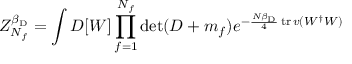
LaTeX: Z _ { N _ { f } } ^ { \beta _ { \mathrm { D } } } = \int D [ W ] \prod _ { f = 1 } ^ { N _ { f } } \mathrm { d e t } ( { \cal D } + m _ { f } ) e ^ { - { \frac { N \beta _ { \mathrm { D } } } { 4 } } \, \mathrm { t r } \, v ( W ^ { \dagger } W ) }